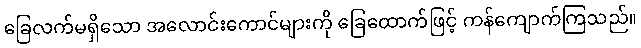
ခြေလက်မရှိသော အလောင်းကောင်များကို ခြေထောက်ဖြင့် ကန်ကျောက်ကြသည်။